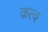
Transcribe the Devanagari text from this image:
कत्व